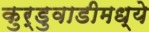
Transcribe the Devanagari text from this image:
कुर्डुवाडीमध्ये